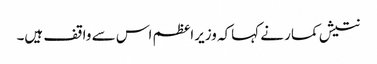
نتیش کمار نے کہاکہ وزیراعظم اس سے واقف ہیں۔